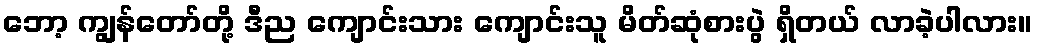
ဘော့ ကျွန်တော်တို့ ဒီည ကျောင်းသား ကျောင်းသူ မိတ်ဆုံစားပွဲ ရှိတယ် လာခဲ့ပါလား။